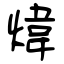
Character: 煒